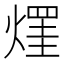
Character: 𤌒